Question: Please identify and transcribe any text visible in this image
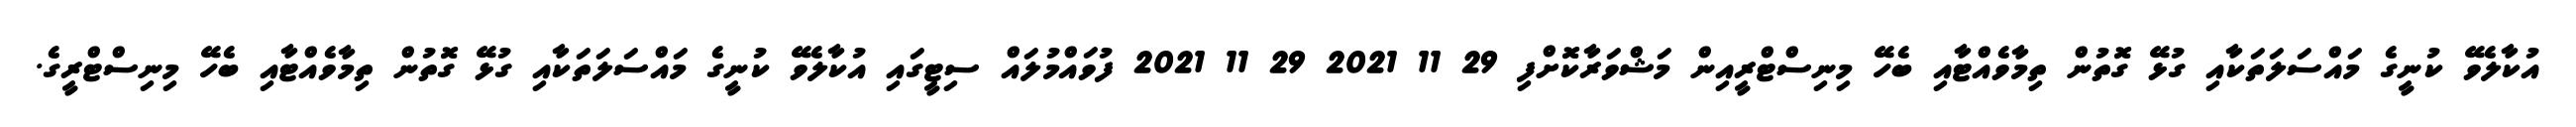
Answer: އުކާލެވޭ ކުނީގެ މައްސަލަތަކާއި ގުޅޭ ގޮތުން ތިމާވެއްޓާއި ބެހޭ މިނިސްޓްރީއިން މަޝްވަރާކޮށްފި 29 11 2021 29 11 2021 ފުވައްމުލައް ސިޓީގައި އުކާލެވޭ ކުނީގެ މައްސަލަތަކާއި ގުޅޭ ގޮތުން ތިމާވެއްޓާއި ބެހޭ މިނިސްޓްރީގެ.